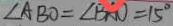
\angle A B O = \angle B A O = 1 5 ^ { \circ }